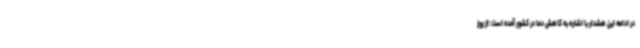
در ادامه این هشدار با اشاره به کاهش دما در کشور آمده است: از روز